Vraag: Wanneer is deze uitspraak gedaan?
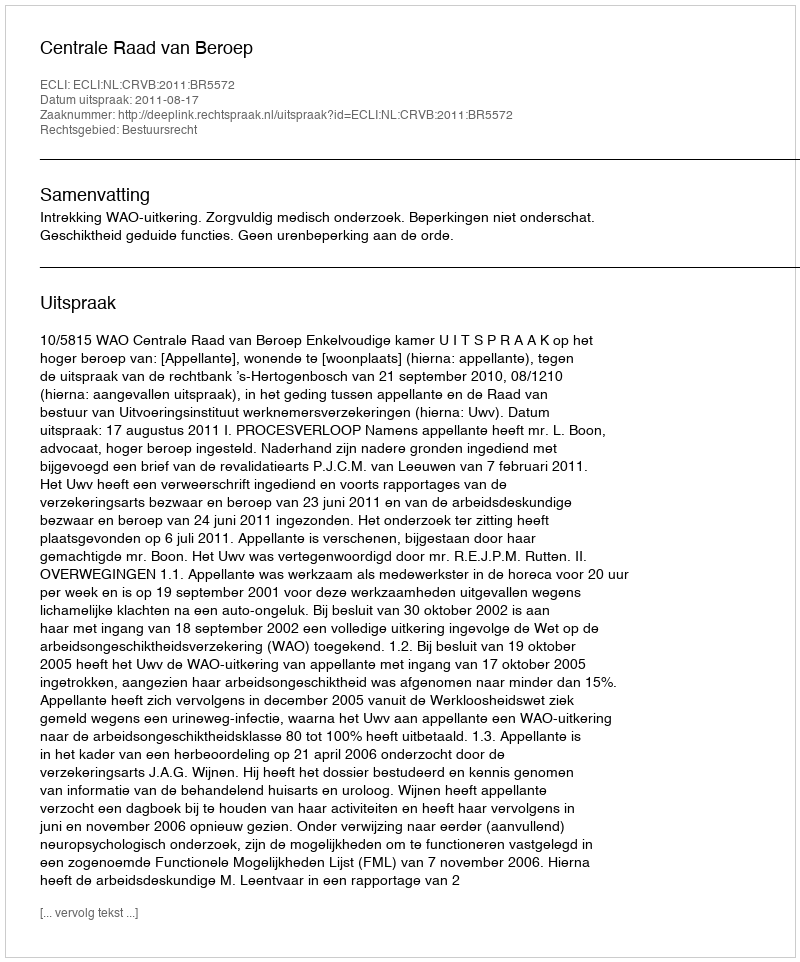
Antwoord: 2011-08-17